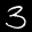
Label: 3